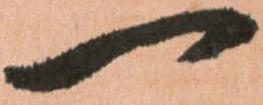
一